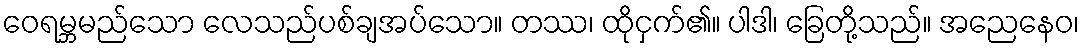
ဝေရမ္ဘမည်သော လေသည်ပစ်ချအပ်သော။ တဿ၊ ထိုငှက်၏။ ပါဒါ၊ ခြေတို့သည်။ အညေနေဝ၊